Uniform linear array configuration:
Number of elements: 64
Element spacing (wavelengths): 0.75
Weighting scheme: blackman
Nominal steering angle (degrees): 60
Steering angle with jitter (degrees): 61.075
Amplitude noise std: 0.05
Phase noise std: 0.05

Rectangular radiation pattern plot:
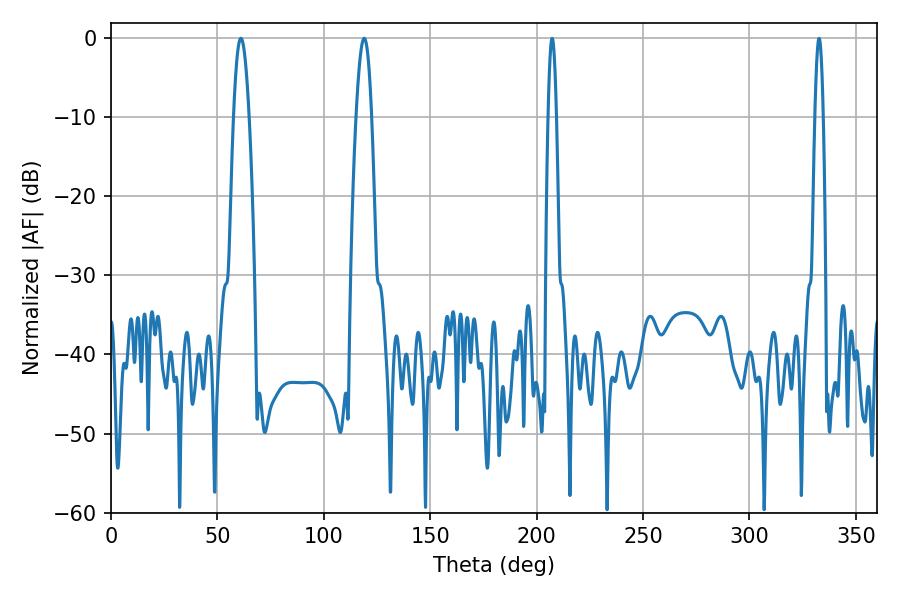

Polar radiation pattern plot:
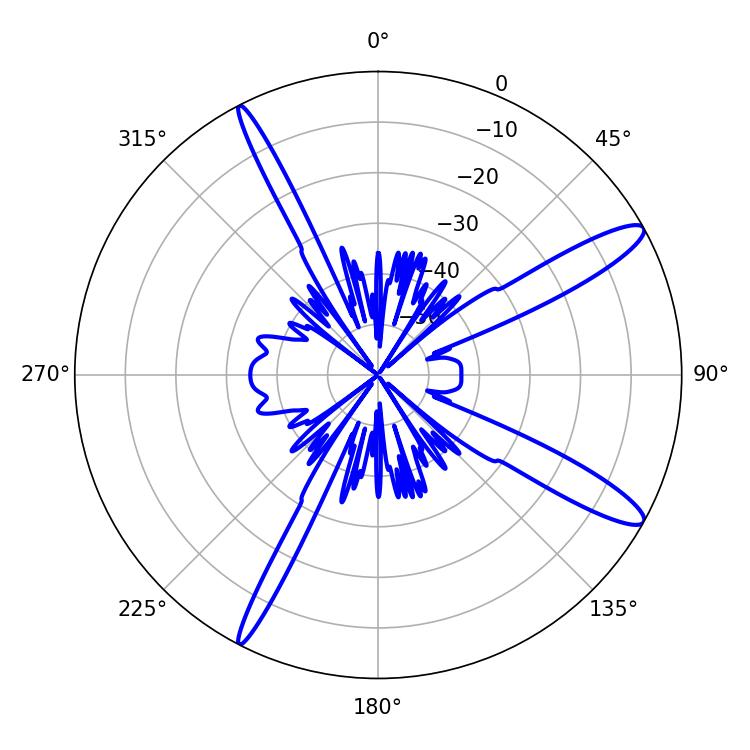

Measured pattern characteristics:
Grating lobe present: TRUE
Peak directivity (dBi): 13.224
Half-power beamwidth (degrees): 3.96
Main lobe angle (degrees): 61.02